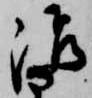
治